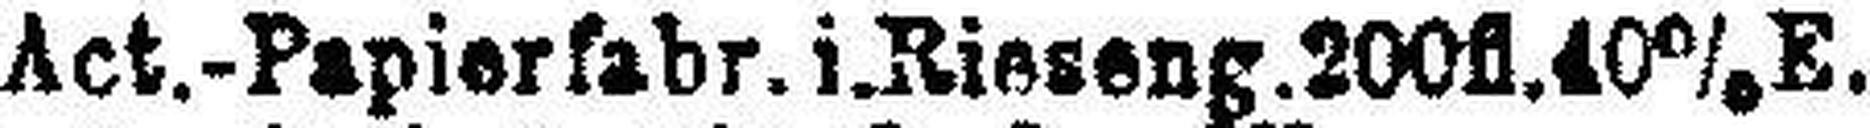
Act.-Papierfabr.i.Rieseng.200fl.40%E.